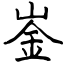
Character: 崟